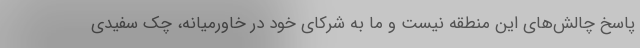
پاسخ چالش‌های این منطقه نیست و ما به شرکای خود در خاورمیانه، چک سفیدی